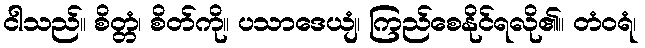
ငါသည်။ စိတ္တံ၊ စိတ်ကို။ ပသာဒေယျံ၊ ကြည်စေနိုင်ရလို၏။ တံဝရံ၊